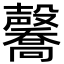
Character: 毊